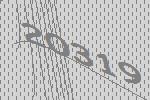
20319